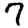
Digit: 7